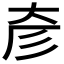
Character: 𢒊